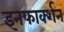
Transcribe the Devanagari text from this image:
इनफार्क्शन